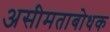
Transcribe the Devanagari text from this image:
असीमताबोधक